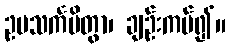
ဥပသင်္ကမိတွာ၊ ချဉ်းကပ်၍။